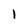
Character: 1